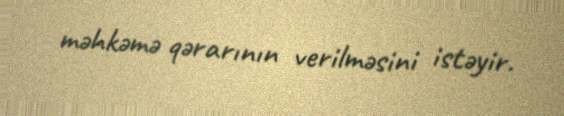
məhkəmə qərarının verilməsini istəyir.